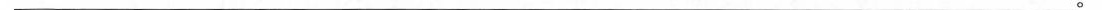
___。